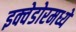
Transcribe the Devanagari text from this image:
इक्वेडोरमध्ये